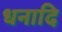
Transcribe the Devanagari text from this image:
धनादि